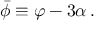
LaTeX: \bar { \phi } \equiv \varphi - 3 \alpha \, .